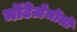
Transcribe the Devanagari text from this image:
मॊंटेज़ेमॊलॊ